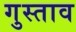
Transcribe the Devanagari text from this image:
गुस्‍ताव